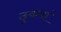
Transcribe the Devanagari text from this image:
ठुकवां